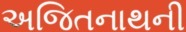
અજિતનાથની